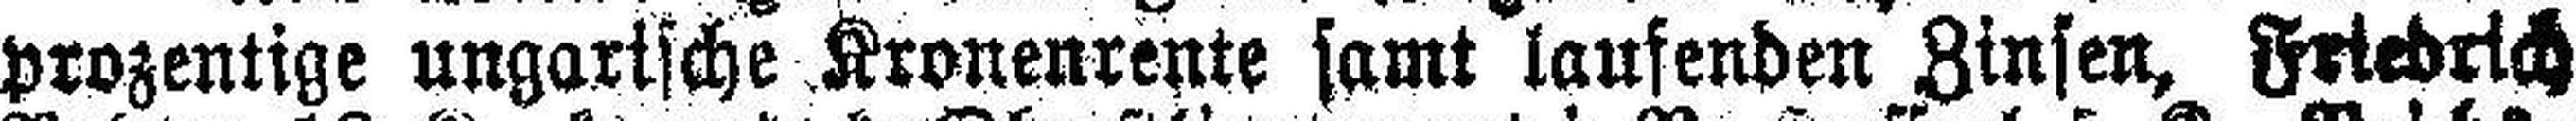
prozentige ungarische Kronenrente samt laufenden Zinsen, Friedrich